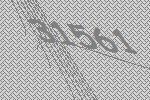
31561